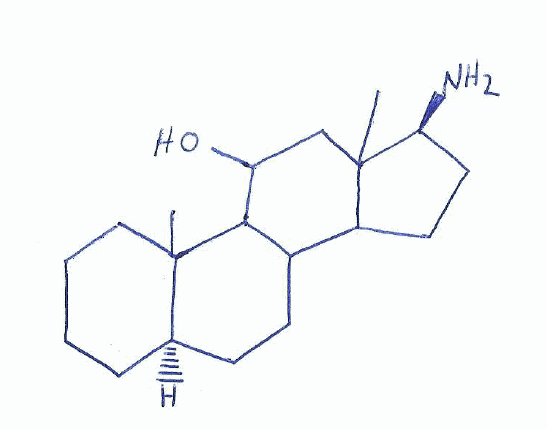
Simplified molecular-input line-entry system (SMILES) notation of the given molecule:
CC12CCCC[C@@H]1CCC3C2C(CC4(C3CC[C@@H]4N)C)O